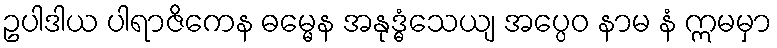
ဥပါဒါယ ပါရာဇိကေန ဓမ္မေန အနုဒ္ဓံသေယျ အပ္ပေဝ နာမ နံ ဣမမှာ